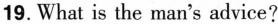
19. What is the man's advice?